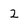
Character: 2